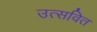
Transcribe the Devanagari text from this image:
उत्सवित